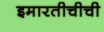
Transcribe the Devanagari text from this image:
इमारतीचीची